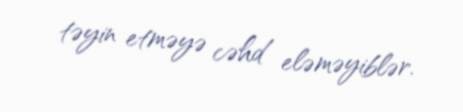
təyin etməyə cəhd eləməyiblər.